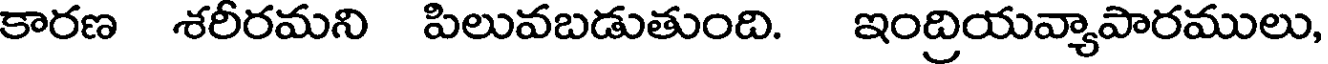
కారణ శరీరమని పిలువబడుతుంది. ఇంద్రియవ్యాపారములు,